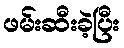
ဖမ်းဆီးခဲ့ပြီး